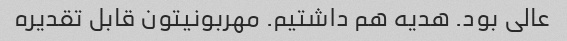
عالی بود. هدیه هم داشتیم. مهربونیتون قابل تقدیره